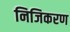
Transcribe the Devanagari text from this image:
निजिकरण